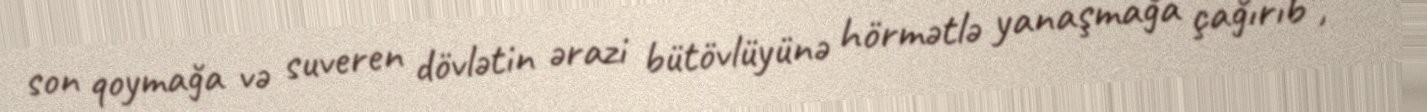
son qoymağa və suveren dövlətin ərazi bütövlüyünə hörmətlə yanaşmağa çağırıb”, -